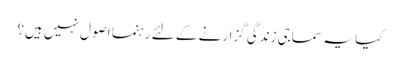
کیا یہ سماجی زندگی گزارنے کے لئے رہنما اصول نہیں ہیں؟